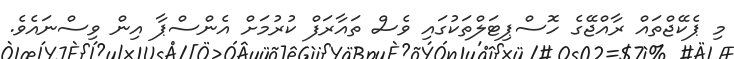
މި ޕެކޭޖްތައް ރާއްޖޭގެ ހޮސްޕިޓަލްތަކުގައި ވެސް ތައާރަފް ކުރުމަށް އެންސްޕާ އިން ވިސްނައެވެ.